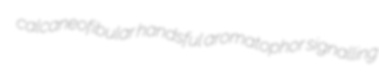
calcaneofibular handsful aromatophor signalling